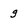
Character: g